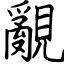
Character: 覶